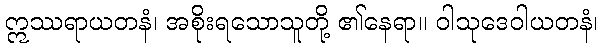
ဣဿရာယတနံ၊ အစိုးရသောသူတို့ ၏နေရာ။ ဝါသုဒေဝါယတနံ၊